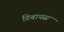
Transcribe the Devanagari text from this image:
डिबायस